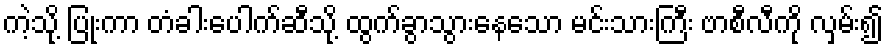
ကဲ့သို့ ပြုံးကာ တံခါးပေါက်ဆီသို့ ထွက်ခွာသွားနေသော မင်းသားကြီး ဗာစီလီကို လှမ်း၍